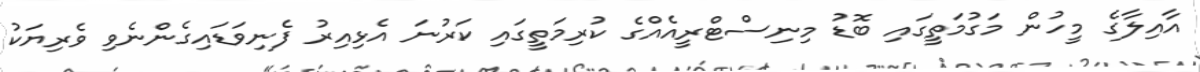
އާއިލާގެ މީހުން މަގުމަތީގައި ބޮޑު މިނިސްޓްރީއެއްގެ ކުރިމަތީގައި ކަރުނަ އެޅިއިރު ފެނިވަޑައިގެންނެވި ވެރިޔަކު